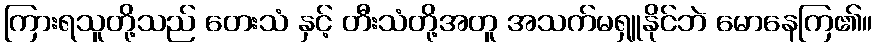
ကြားရသူတို့သည် တေးသံ နှင့် တီးသံတို့အတူ အသက်မရှူနိုင်ဘဲ မောနေကြ၏။